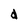
Character: d